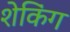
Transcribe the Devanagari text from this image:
शेकिंग